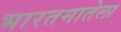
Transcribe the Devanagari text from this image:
भारतमातेला